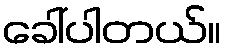
ခေါ်ပါတယ်။